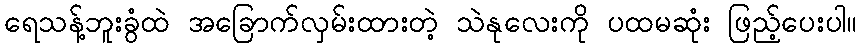
ရေသန့်ဘူးခွံထဲ အခြောက်လှမ်းထားတဲ့ သဲနုလေးကို ပထမဆုံး ဖြည့်ပေးပါ။